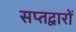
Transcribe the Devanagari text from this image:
सप्तद्वारों